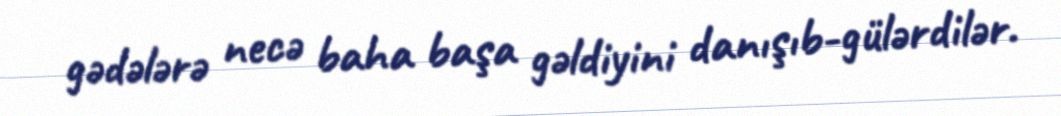
gədələrə necə baha başa gəldiyini danışıb-gülərdilər.